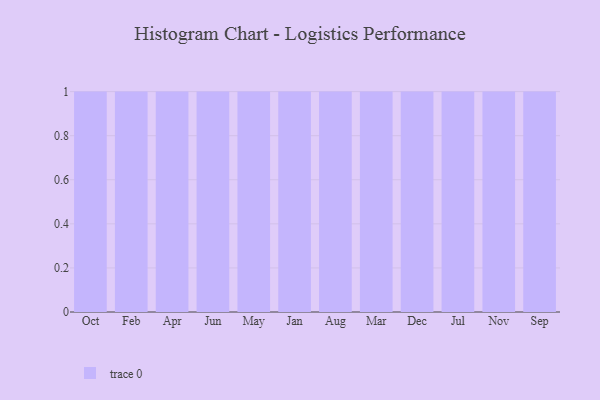
{"axis": {"x": "Month", "y": "Conversion Rate (%)"}, "legend": [""], "data": [{"x": "Oct", "y": 87, "type": ""}, {"x": "Feb", "y": 89, "type": ""}, {"x": "Apr", "y": 41, "type": ""}, {"x": "Jun", "y": 52, "type": ""}, {"x": "May", "y": 100, "type": ""}, {"x": "Jan", "y": 72, "type": ""}, {"x": "Aug", "y": 7, "type": ""}, {"x": "Mar", "y": 54, "type": ""}, {"x": "Dec", "y": 54, "type": ""}, {"x": "Jul", "y": 9, "type": ""}, {"x": "Nov", "y": 4, "type": ""}, {"x": "Sep", "y": 33, "type": ""}]}